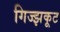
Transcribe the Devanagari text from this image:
गिज्झकूट